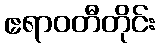
ဧရာဝတီတိုင်း